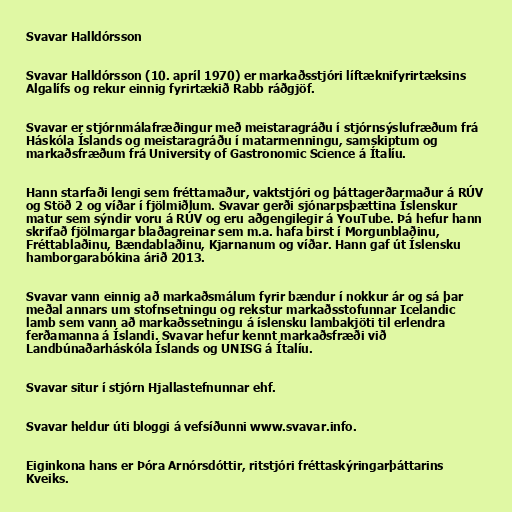
Svavar Halldórsson

Svavar Halldórsson (10. apríl 1970) er markaðsstjóri líftæknifyrirtæksins
Algalífs og rekur einnig fyrirtækið Rabb ráðgjöf.

Svavar er stjórnmálafræðingur með meistaragráðu í stjórnsýslufræðum frá
Háskóla Íslands og meistaragráðu í matarmenningu, samskiptum og
markaðsfræðum frá University of Gastronomic Science á Ítalíu.

Hann starfaði lengi sem fréttamaður, vaktstjóri og þáttagerðarmaður á RÚV
og Stöð 2 og víðar í fjölmiðlum. Svavar gerði sjónarpsþættina Íslenskur
matur sem sýndir voru á RÚV og eru aðgengilegir á YouTube. Þá hefur hann
skrifað fjölmargar blaðagreinar sem m.a. hafa birst í Morgunblaðinu,
Fréttablaðinu, Bændablaðinu, Kjarnanum og víðar. Hann gaf út Íslensku
hamborgarabókina árið 2013.

Svavar vann einnig að markaðsmálum fyrir bændur í nokkur ár og sá þar
meðal annars um stofnsetningu og rekstur markaðsstofunnar Icelandic
lamb sem vann að markaðssetningu á íslensku lambakjöti til erlendra
ferðamanna á Íslandi. Svavar hefur kennt markaðsfræði við
Landbúnaðarháskóla Íslands og UNISG á Ítalíu.

Svavar situr í stjórn Hjallastefnunnar ehf.

Svavar heldur úti bloggi á vefsíðunni www.svavar.info.

Eiginkona hans er Þóra Arnórsdóttir, ritstjóri fréttaskýringarþáttarins
Kveiks.